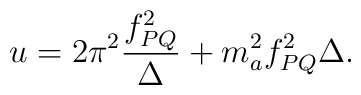
u=2\pi^2\frac{f_{PQ}^2}{\Delta}+m_a^2 f_{PQ}^2\Delta.